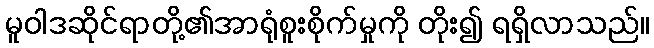
မူဝါဒဆိုင်ရာတို့၏အာရုံစူးစိုက်မှုကို တိုး၍ ရရှိလာသည်။